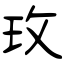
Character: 玫